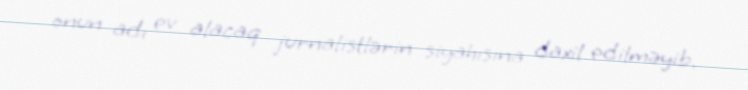
onun adı ev alacaq jurnalistlərin siyahısına daxil edilməyib.